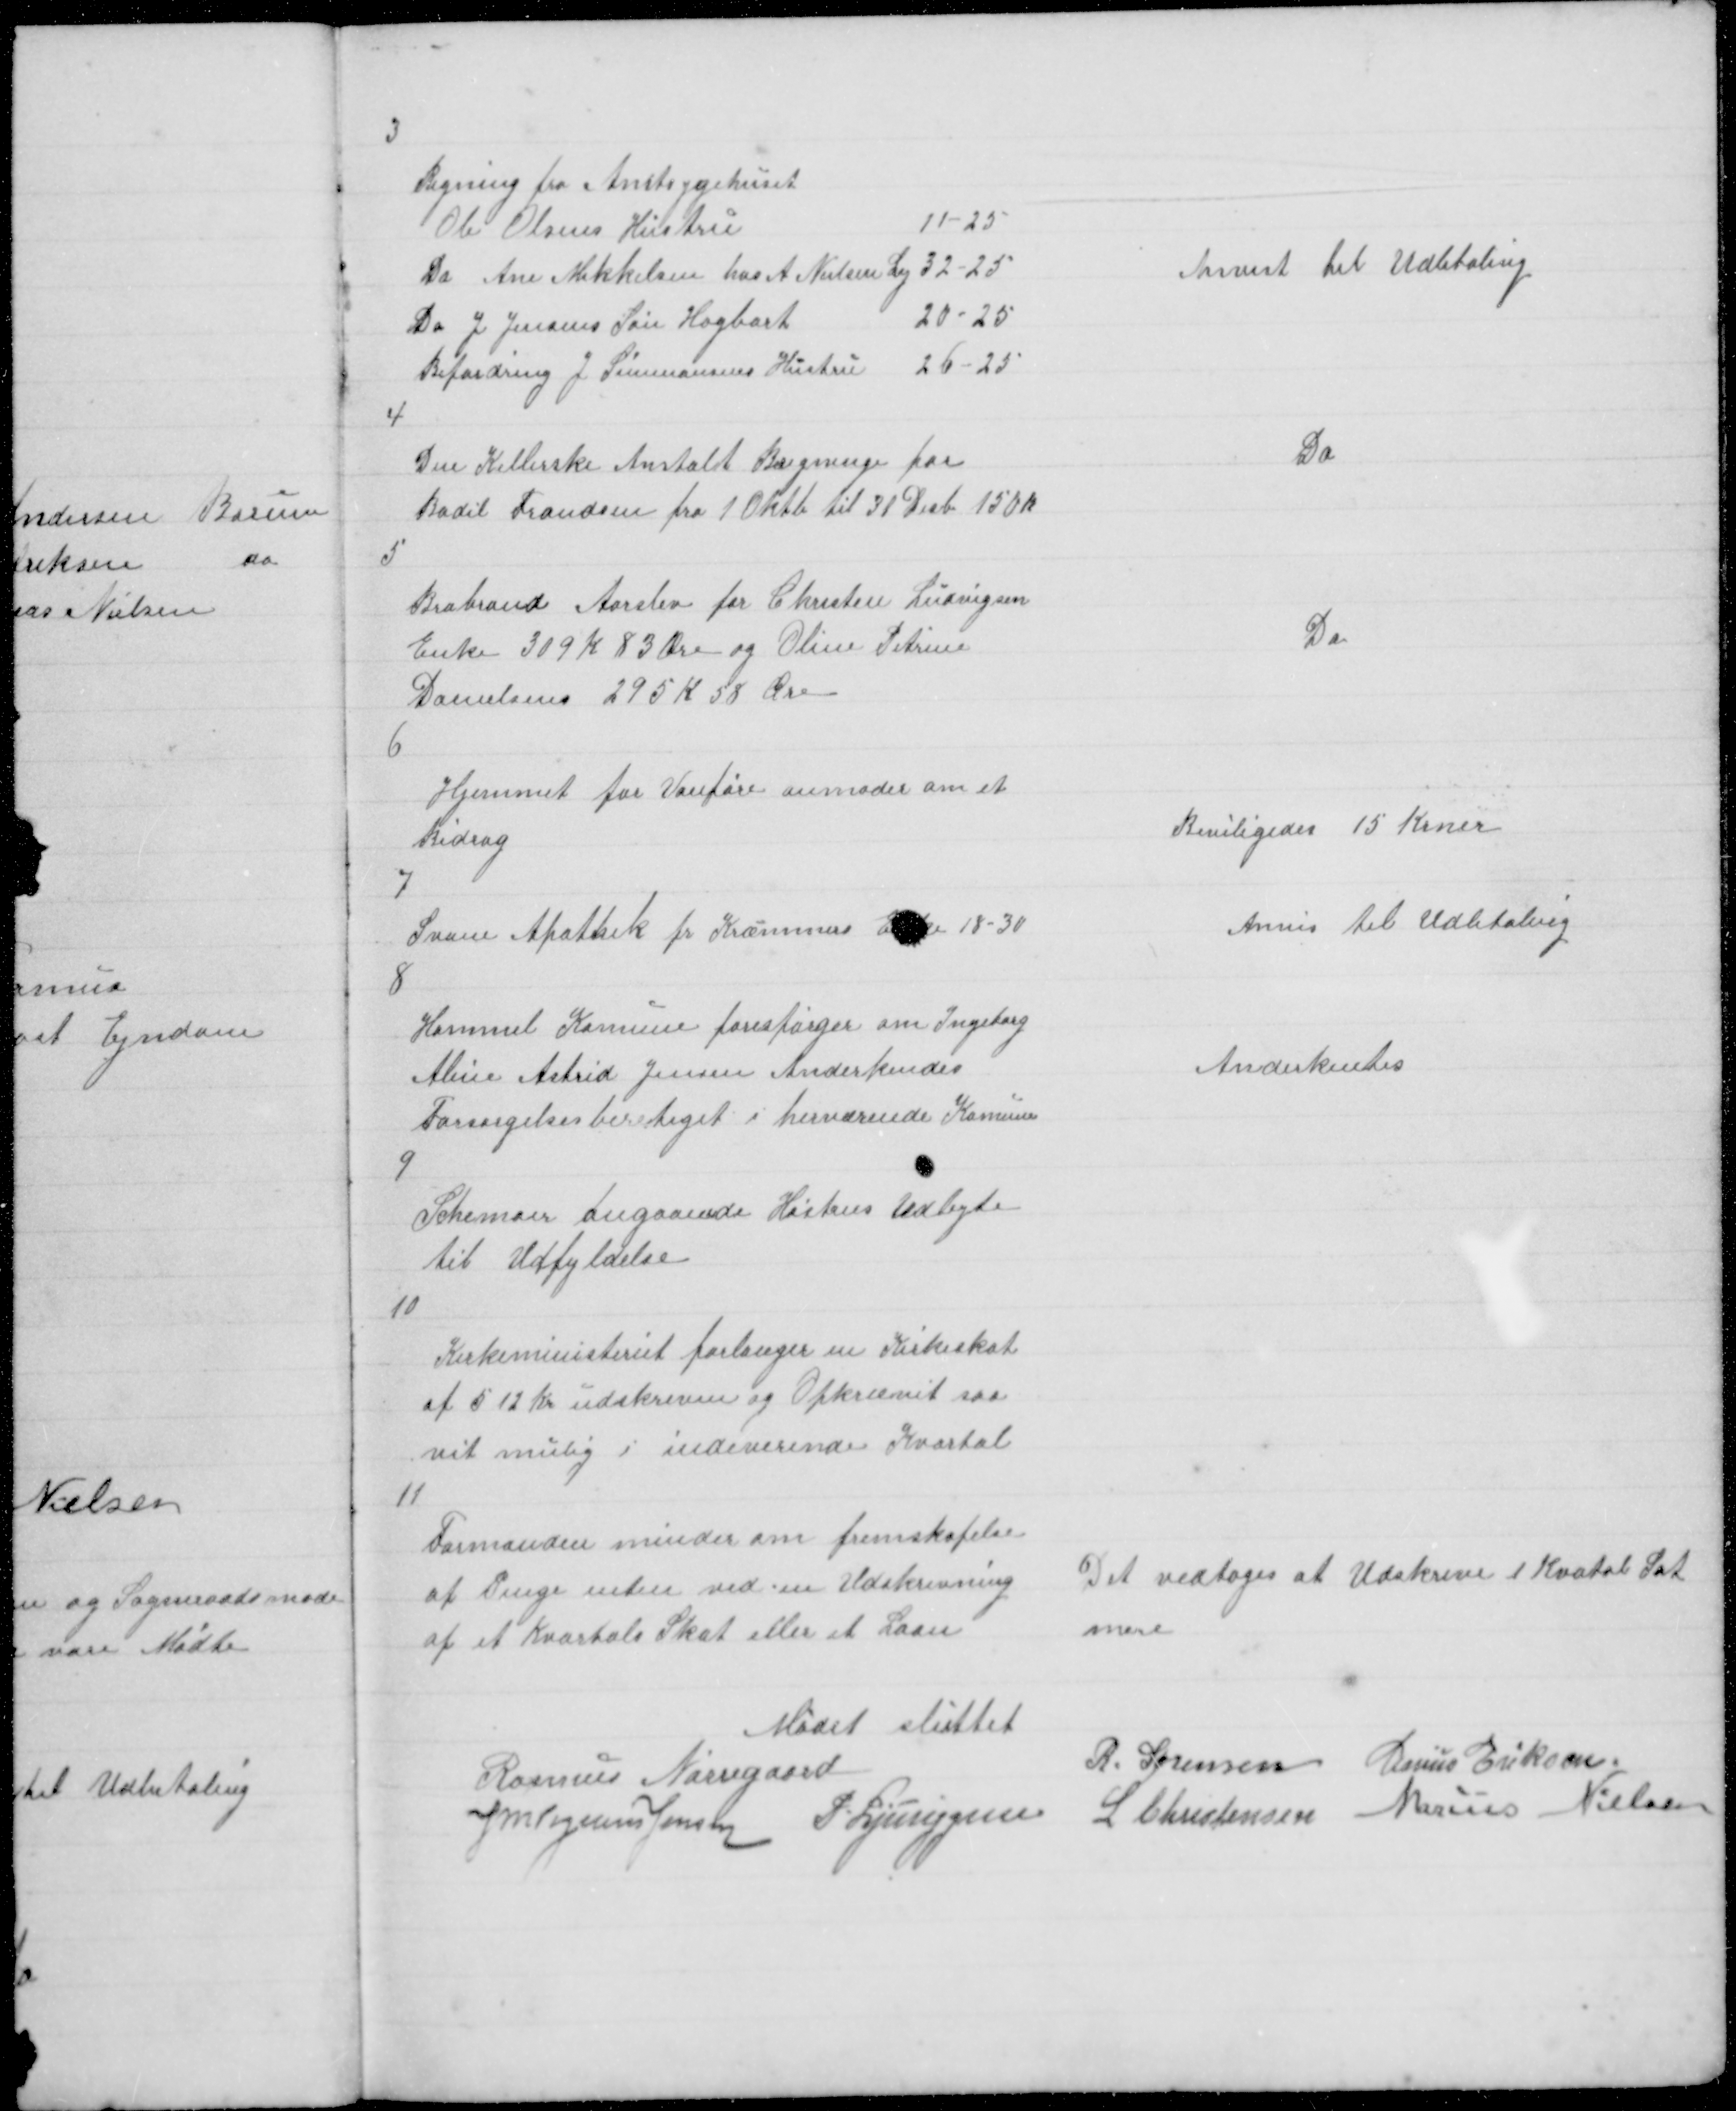
Transskription:
3

Regning fra Amtsygehuset
Ole Olsens Hustru
11-25
Do Ane Mikkelsen hos A Nielsen Ly 32 - 25
Do J Jensens Søn Hogbart
20-25
Befordring J Simmonsens Hustru 26-25

Anvist til Udbetaling

4

Den Kellerske Anstalt Regning for
Bodil Frandsen fra 1 Oktb til 31 Decb 150 K

Do

5

Brabrand Aarslev for Christen Ludvigsen
Enke 309 K 83 Øre og Oline Petrine
Danielsens 295 K 58 Øre

Do

6

Hjemmet for Vanføre anmoder om et
Bidrag

Beviligedes 15 Krner

7

Svane Apothek fr Kræmmers Enke 18-30

Anvis til Udbetaling

8

Hammel Kommune forespørger om Ingeborg
Aline Astrid Jensen Anderkendes
Forsørgelsesberetiget i herværende Komune

Anderkentes

9

Schemaer angaaende Høstens Udbyte
til Udfyldelse

10

Kirkeministeriet forlanger en Kirkeskat
af 5 12 Kr udskreven og Opkrævet saa
vit mulig i indeverende Kvartal

11

Formanden minder om fremskafelse
af Penge enten ved en Udskrivning
af et Kvartals Skat eller et Laan

Det vedtoges at Udskrive 1 Kvatal Sat
mere

Mødet sluttet
Rasmus Nørregaard
R. Sørensen Marius Eriksen
J M Vogelius Jensen P Ljunggren L Christensen Marius Nielsen